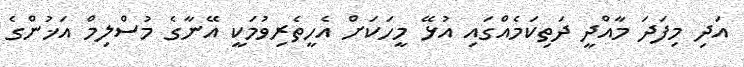
އަދި މިފަދަ މާއްދީ ދަތިކަމެއްގައި އުޅޭ މީހަކަށް އެހީތެރިވުމަކީ އޭނާގެ މުސްލިމް އަޚުންގެ